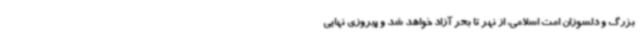
بزرگ و دلسوزان امت اسلامی، از نهر تا بحر آزاد خواهد شد و پیروزی نهایی